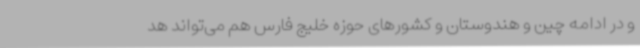
و در ادامه چین و هندوستان و کشورهای حوزه خلیج فارس هم می‌تواند هد